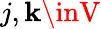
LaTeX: j,\mathbf{k}\inV